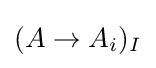
(A\to A_{i})_{I}